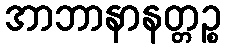
အာဘာနာနတ္တဉ္စ